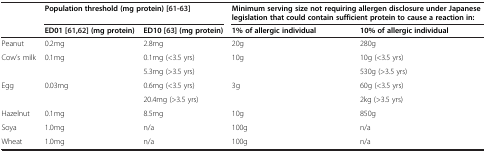
|  | <COLSPAN=2> Population threshold (mg protein)[61-63] | <COLSPAN=2> Minimum serving size not requiring allergen disclosure under Japanese legislation that could contain sufficient protein to cause a reaction in: |
 |  | ED01[61,62](mg protein) | ED10[63](mg protein) | 1% of allergic individual | 10% of allergic individual |
 | --- | --- | --- | --- | --- |
 | Peanut | 0.2mg | 2.8mg | 20g | 280g |
 | <ROWSPAN=2> Cow’s milk | <ROWSPAN=2> 0.1mg | 0.1mg (<3.5 yrs) | <ROWSPAN=2> 10g | 10g (<3.5 yrs) |
 | 5.3mg (>3.5 yrs) | 530g (>3.5 yrs) |
 | <ROWSPAN=2> Egg | <ROWSPAN=2> 0.03mg | 0.6mg (<3.5 yrs) | <ROWSPAN=2> 3g | 60g (<3.5 yrs) |
 | 20.4mg (>3.5 yrs) | 2kg (>3.5 yrs) |
 | Hazelnut | 0.1mg | 8.5mg | 10g | 850g |
 | Soya | 1.0mg | n/a | 100g | n/a |
 | Wheat | 1.0mg | n/a | 100g | n/a |